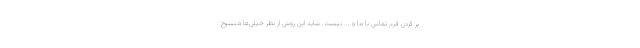
پر کردن فرم تماس با ما و ... نیست. شاید این روش از نظر خیلی‌ها منسوخ